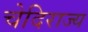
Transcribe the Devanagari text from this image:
चेदिराज्य